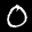
Label: 0